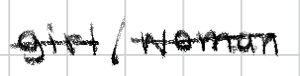
Text: girl/woman
Cross-out: mix
Writing tool: digital_black